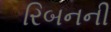
રિબનની